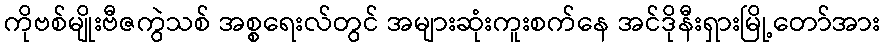
ကိုဗစ်မျိုးဗီဇကွဲသစ် အစ္စရေးလ်တွင် အများဆုံးကူးစက်နေ အင်ဒိုနီးရှားမြို့တော်အား